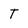
Character: T